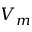
V _ { m }